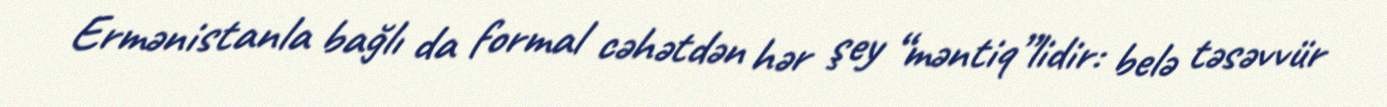
Ermənistanla bağlı da formal cəhətdən hər şey “məntiq”lidir: belə təsəvvür